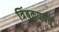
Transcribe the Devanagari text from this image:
त्रिंबकपर्यंत